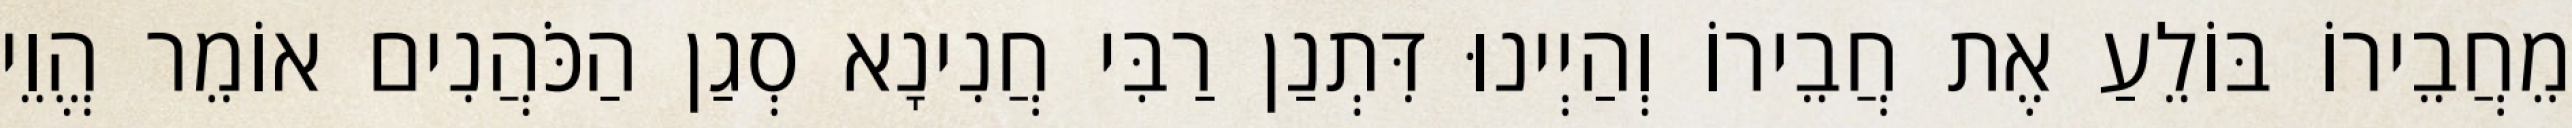
מֵחֲבֵירוֹ בּוֹלֵעַ אֶת חֲבֵירוֹ וְהַיְינוּ דִּתְנַן רַבִּי חֲנִינָא סְגַן הַכֹּהֲנִים אוֹמֵר הֱוֵי